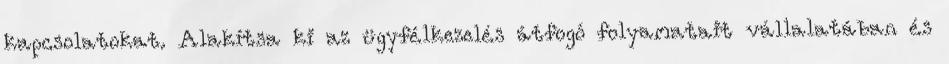
kapcsolatokat. Alakítsa ki az ügyfélkezelés átfogó folyamatait vállalatában és